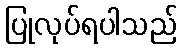
ပြုလုပ်ရပါသည်